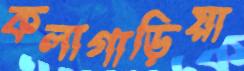
কলাগাড়িয়া